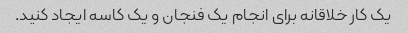
یک کار خلاقانه برای انجام یک فنجان و یک کاسه ایجاد کنید.